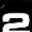
Digit: 2